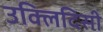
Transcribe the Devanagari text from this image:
उक्लिदिसी